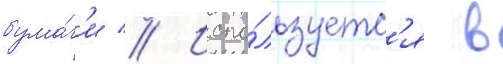
бума́г'и // Испо́льзуетс'я в